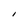
Character: I